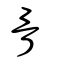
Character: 骨